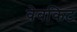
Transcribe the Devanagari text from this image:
वेबकिट